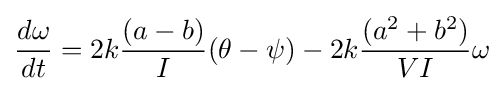
{\frac {d\omega }{dt}}=2k{\frac {(a-b)}{I}}(\theta -\psi )-2k{\frac {(a^{2}+b^{2})}{VI}}\omega